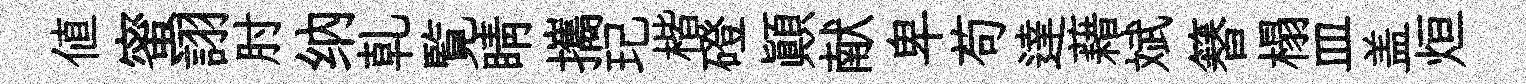
値蜜詡肘纳乹覧睛攜玘楷磴顚献卑苟達藉斌簮榻皿盖烜